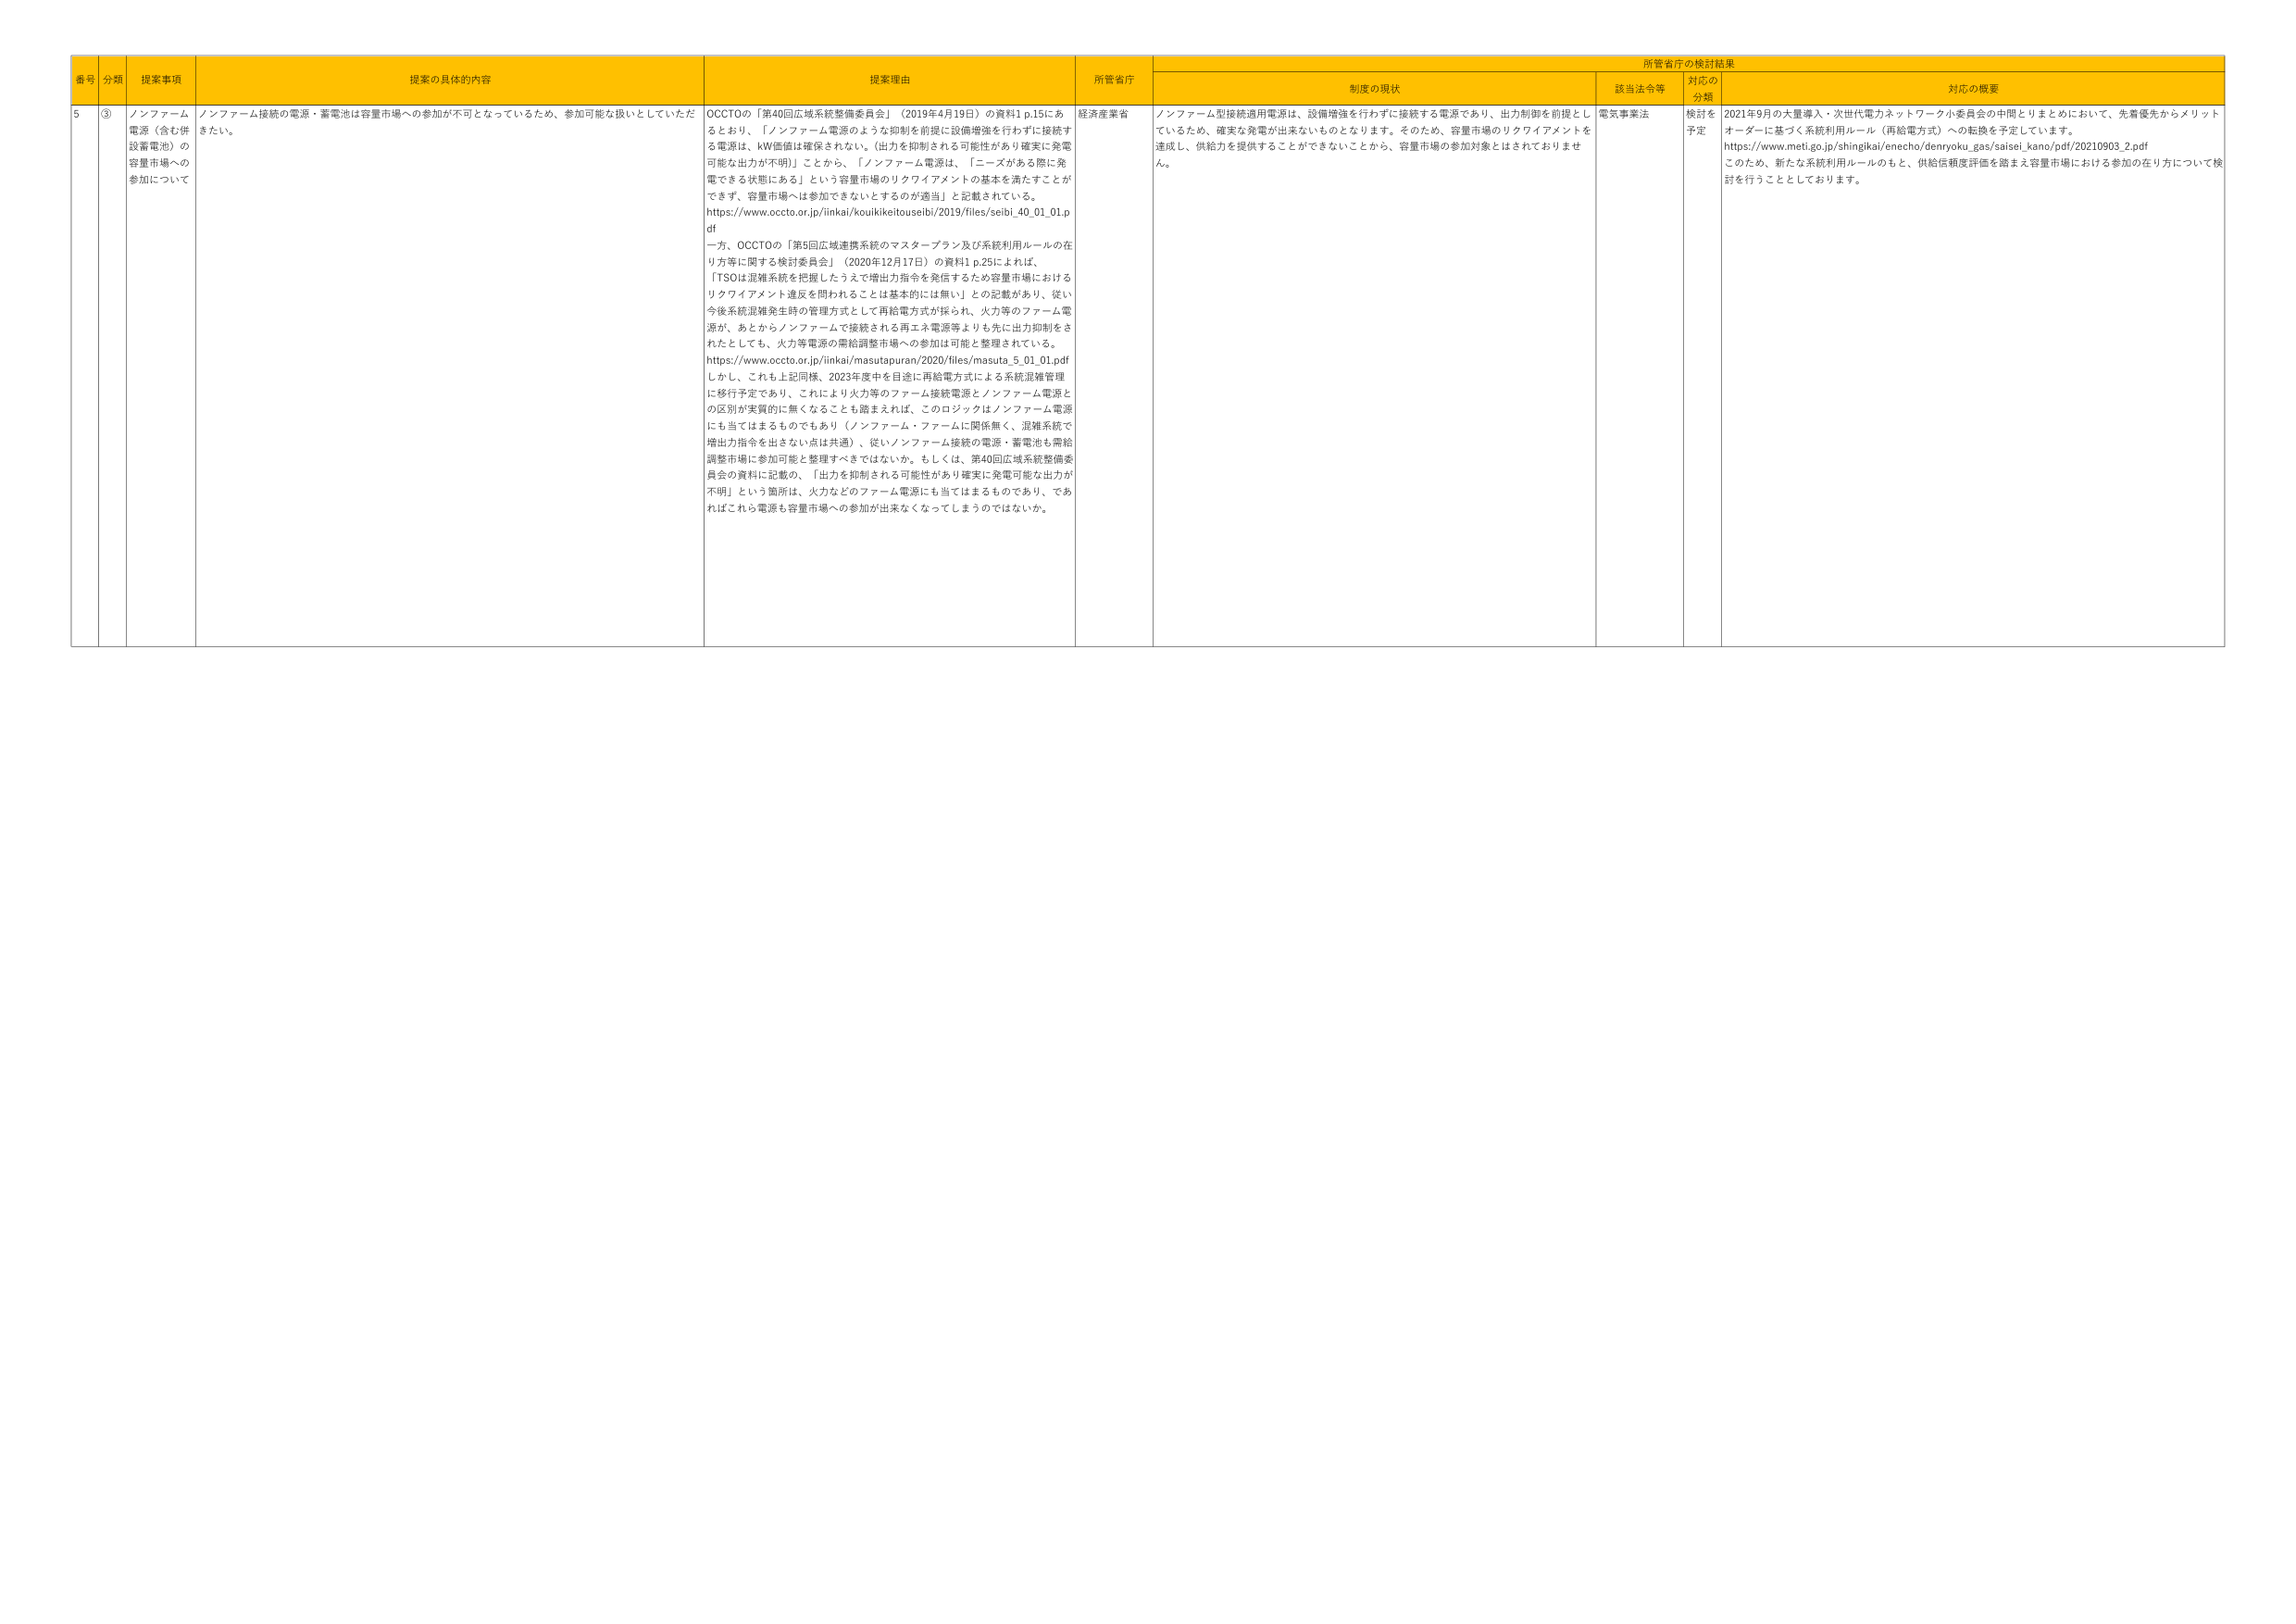
番号 分類 提案事項 提案の具体的内容 提案理由 所管省庁 所管省庁の検討結果 制度の現状 該当法令等 対応の分類 対応の概要
5 ③ ノンファーム電源（含む併設蓄電池）の容量市場への参加について ノンファーム接続の電源・蓄電池は容量市場への参加が不可となっているため、参加可能な扱いとしていただきたい。 OCCTOの「第40回広域系統整備委員会」（2019年4月19日）の資料1 p.15にあるとおり、「ノンファーム電源のような抑制を前提に設備増強を行わずに接続する電源は、kW価値は確保されない。（出力を抑制される可能性があり確実に発電可能な出力が不明）」ことから、「ノンファーム電源は、「ニーズがある際に発電できる状態にある」という容量市場のリクワイアメントの基本を満たすことができず、容量市場へは参加できないとするのが適当」と記載されている。 https://www.occto.or.jp/iinkai/kouikikeitouseibi/2019/files/seibi_40_01_01.pdf 一方、OCCTOの「第5回広域連携系統のマスタープラン及び系統利用ルールの在り方等に関する検討委員会」（2020年12月17日）の資料1 p.25によれば、「TSOは混雑系統を把握したうえで増出力指令を発信するため容量市場におけるリクワイアメント違反を問われることは基本的には無い」との記載があり、従い今後系統混雑発生時の管理方式として再給電方式が採られ、火力等のファーム電源が、あとからノンファームで接続される再エネ電源等よりも先に出力抑制をされたとしても、火力等電源の需給調整市場への参加は可能と整理されている。 https://www.occto.or.jp/iinkai/masutapurun/2020/files/masuta_5_01_01.pdf しかし、これも上記同様、2023年度中を目途に再給電方式による系統混雑管理に移行予定であり、これにより火力等のファーム接続電源とノンファーム電源との区別が実質的に無くなることも踏まえれば、このロジックはノンファーム電源にも当てはまるものでもあり（ノンファーム・ファームに関係無く、混雑系統で増出力指令を出さない点は共通）、従いノンファーム接続の電源・蓄電池も需給調整市場に参加可能と整理すべきではないか。もしくは、第40回広域系統整備委員会の資料に記載の、「出力を抑制される可能性があり確実に発電可能な出力が不明」という箇所は、火力などのファーム電源にも当てはまるものであり、であればこれら電源も容量市場への参加が出来なくなってしまうのではないか。 経済産業省 ノンファーム型接続適用電源は、設備増強を行わずずに接続する電源であり、出力制御を前提としているため、確実な発電が出来ないものとなります。そのため、容量市場のリクワイアメントを達成し、供給力を提供することができないことから、容量市場の参加対象とはされておりません。 電気事業法 検討を予定 2021年9月の大量導入・次世代電力ネットワーク小委員会の中間とりまとめにおいて、先着優先からメリットオーダーに基づく系統利用ルール（再給電方式）への転換を予定しています。 https://www.meti.go.jp/shingikai/enecho/denryoku_gas/saisei_kano/pdf/20210903_2.pdf このため、新たな系統利用ルールのもと、供給信頼度評価を踏まえ容量市場における参加の在り方について検討を行うこととしております。